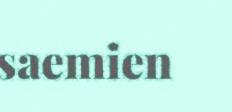
saemien